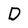
Character: D